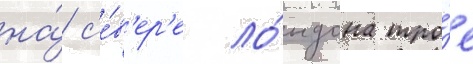
на́ с'е́в'ер'е ло́ндона тро́е